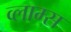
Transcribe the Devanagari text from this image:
व्लाम्स